Annual report on the health of the army in India
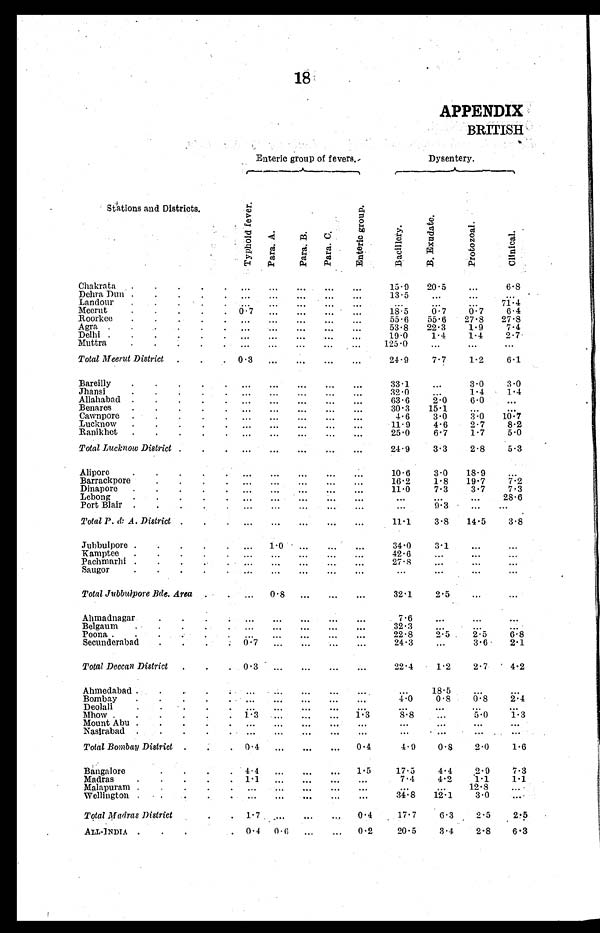
18
APPENDIX
BRITISH
Stations and Districts.
Enteric group of fevers.
Dysentery.
T y p h o i d f e v e r . Par a. A.
Para.B.
Pa r a . C.
E n t e r i c g r o u p .
B
B. Ex u d a t e
P r o t o z o a l .
Cl i ni cal .
Baci l l er y
Chakrata . .
.
...
...
... ... ...
1 5 . 9
20.5
. . .
6.8
Dehra Dun . . .
. ...
...
... ...
...
13.5
. . .
. . . . . .
Landour . . .
.
...
... ... ... ...
. . .
. . .
. . .
71.4
Meerut. . . . .
. 0.7
...
... ...
...
18 5
0.7
0.7
6.4
Roorkee.
. .
. ...
... ... ... ...
55.6 55.6 27.8 27.8
Agra
.
... ... ... ... ...
53.8 22.3
1.9
7.4
Delhi . .
. ...
... ... ... ...
19.0
1.4
1.4
2.7
Muttra
. ...
...
... ... ...
125.0
. . .
. . .
. . .
Total Meerut District.
.
0.3 ' ... ... ... ...
24.9
7.7
1.2
6.1
Bareilly
. . .
.
...
...
... ...
...
33.1
. . .
3.0
3.0
Jhansi
.
...
... ... ... ...
32.0
. . .
1.4
1.4
Allahabad . . .
. ...
...
... ...
...
63.6
2.0
6.0
. . .
Benares
. . .
.
...
... ... ... ...
30.3 15.1
. . .
. . .
Cawnpore.
. .
.
...
... ... ... ...
4.6
3.0
3.0
1 0 . 7
Lucknow . . .
.
...
... ... ... ...
11.9
4.6
2.7
8.2
Ranikhet . .
. ...
... ... ... ...
25.0
6.7
1.7
5.0
Total Lucknow District .
.
...
... ... ... ...
24.9
3.3
2.8
5.3
Alipore
.
...
... ... ... ...
10.6
3.0 18.9
. . .
Barrackpore
. ...
...
... ... ...
16.2
1.8 19.7
7.2
Dinapore . . .
. ...
... ...
... ...
11.0
7.3
3.7
7.3
Lebong
. ...
...
... ...
...
. . .
. . .
. . .
28 6
Port Blair . . .
.
...
... ... ... ...
. . .
9 . 3
. . .
. . .
Total P. &. A. District . . ...
... ... ... ...
11 1
3.8 14.5
3.8
Jubbulpore . . .
.
...
1.0 ... ... ...
34.0
3.1
. . .
. . .
Kamptee . . .
. ...
...
... ...
...
42.6
. . .
. . .
. . .
Pachmarhi . . .
.
... ... ... ... ...
27.8
. . .
. . .
. . .
Saugor
.
... ... ... ... ...
. . .
. . .
. . .
. . .
Total Jubbulpore Bde. Area . ...
0.8 ... ...
...
32.1
2.5
. . .
. . .
Ahmadnagar
. .
.
... ... ...
... ...
7.6
. . .
. . .
. . .
Belgaum
.
...
... ... ...
...
32.3
. . .
. . .
. . .
Poona .
. .
.
...
... ... ... ...
22.8
2.5
2.5
6.8
Secunderabad
. .
.
0.7 ... ... ... ...
24.3
. . .
3.6
2.1
Total Deccan District . ...
0.3 ... ... ...
...
22.4
1.2
2.7
4.2
Ahmedabad . . .
.
...
...
... ...
...
. . .
18.5
. . .
. . .
Bombay
. . .
.
... ... ... ...
...
4.0
0.8
0.8
2.4
Deolali
. ...
... ... ... ...
. . .
. . .
. . .
. . .
Mhow . . . .
1.3 ...
...
... 1.3
8.8
. . .
5 . 0
1.3
Mount Abu . . .
. ...
... ... ... ...
. . .
. . .
. . .
. . .
Nasirabad . . .
.
...
... ... ...
...
. . .
. . .
. . .
. . .
Total Bombay District . .
0. 4 ... ... ... 0.4
4.9
0.8
2.0
1.6
Bangalore
.
4 4
...
... ...
1.5
17.5
4.4
2.9
7.3
Madras
. 1.1
...
... ...
...
7.4
4.2
1.1
1.1
Malapuram . . .
.
...
... ... ... ...
. . .
. . . 12.8
. . .
Wellington .
. ...
...
... ...
...
34.8 12.1
3.0
. . .
Total Madras District
.
1.7 ...
...
...
0.4
17.7
6.3
2.5
2.5
ALL.INDIA . . .
.
0.4
0.6 ... ...
0.2
20.5
3.4
2.8
6.3